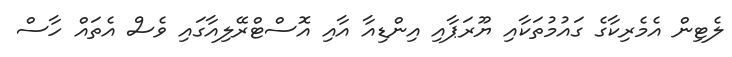
ލެޓިން އެމެރިކާގެ ގައުމުތަކާއި ޔޫރަޕާއި އިންޑިއާ އާއި އޮސްޓްރޭލިއާގައި ވެސް އެތައް ހާސް